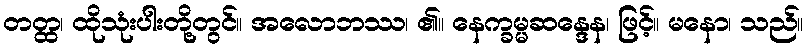
တတ္ထ၊ ထိုသုံးပါးတို့တွင်။ အလောဘဿ၊ ၏။ နေက္ခမ္မဆန္ဒေန၊ ဖြင့်။ မနော၊ သည်။